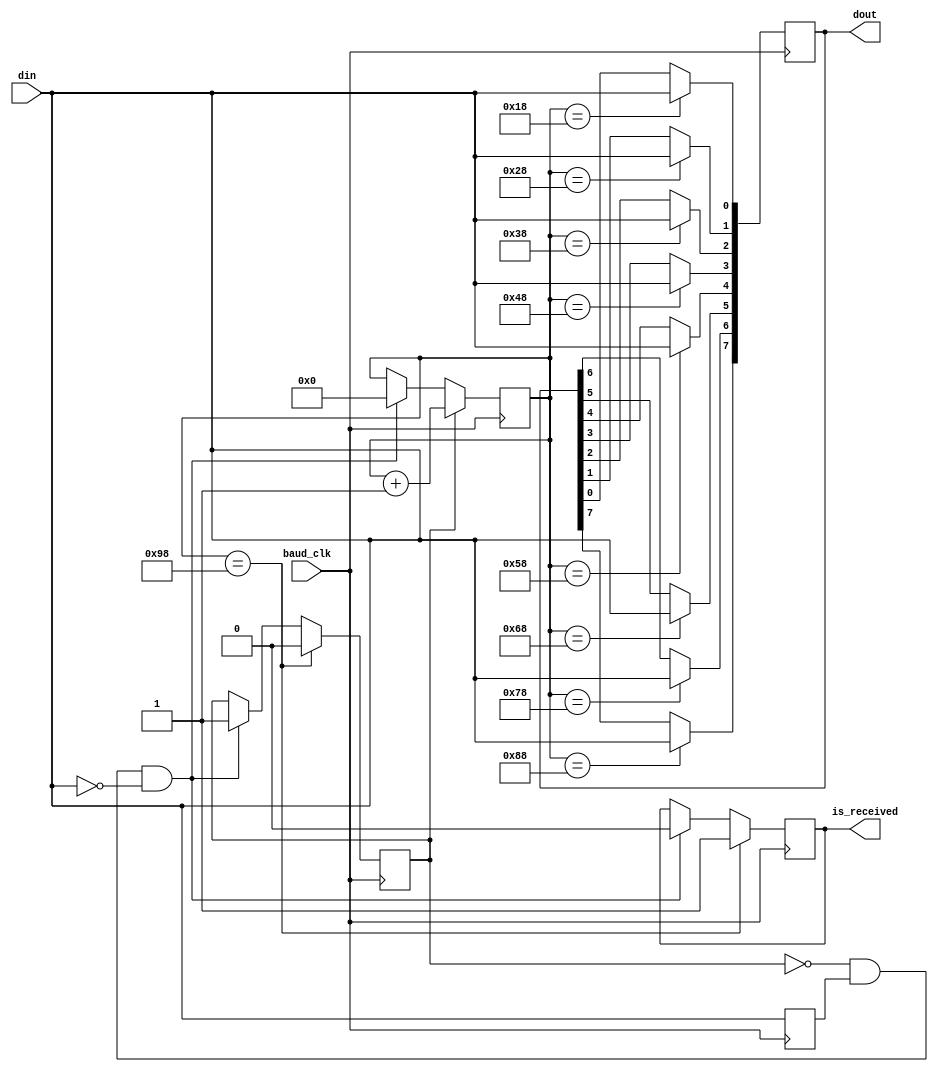
module uart_rx (
    output reg [7:0] dout,
    output reg is_received,
    input wire din,
    input wire baud_clk
);

    reg last;
    reg is_receiving;
    reg [7:0] count;

    initial begin
        is_receiving <= 0;
        count <= 0;
    end

    always @(posedge baud_clk) begin
        if (!is_receiving && last && !din) begin
            is_receiving <= 1;
            is_received <= 0;
            count <= 0;
        end

        last <= din;

        if (is_receiving) count <= count+1;
        case (count)
            8'd24: dout[0] <= din;
            8'd40: dout[1] <= din;
            8'd56: dout[2] <= din;
            8'd72: dout[3] <= din;
            8'd88: dout[4] <= din;
            8'd104: dout[5] <= din;
            8'd120: dout[6] <= din;
            8'd136: dout[7] <= din;
            8'd152: begin
                is_received <= 1'b1;
                is_receiving <= 1'b0;
            end
        endcase
    end

endmodule

module uart_tx (
    output reg dout,
    output reg is_sent,
    input wire [7:0] din,
    input wire en,
    input wire baud_clk
);

    reg last;
    reg is_sending;
    reg [7:0] data;
    reg [7:0] count;

    initial begin
        is_sending <= 1'b0;
        count <= 0;
        dout <= 1;
    end

    always @(posedge baud_clk) begin
        if (!is_sending && !last && en) begin
            data <= din;
            is_sending <= 1;
            is_sent <= 0;
            count <= 0;
        end

        last <= en;

        if (is_sending) begin
            count <= count + 1;
        end

        case (count)
            8'd8: dout <= 0;
            8'd24: dout <= din[0];
            8'd40: dout <= din[1];
            8'd56: dout <= din[2];
            8'd72: dout <= din[3];
            8'd88: dout <= din[4];
            8'd104: dout <= din[5];
            8'd120: dout <= din[6];
            8'd136: dout <= din[7];
            8'd152: begin
                is_sent <= 1'b1;
                is_sending <= 1'b0;
                dout <= 1'b1;
            end
        endcase
    end

endmodule

module baudrate_generator #(
    parameter BASE_CLOCK = 100_000_000,
    parameter BAUDRATE = 9_600
) (
    output reg baud,
    input wire base_clk
);

    localparam MAX_COUNT = (BASE_CLOCK / (BAUDRATE * 16)) / 2;

    reg [31:0] counter;
    wire [31:0] counter_inc;
    
    initial begin
        baud <= 0;
        counter <= 0;
    end

    always @(posedge base_clk) begin
        counter <= counter_inc;
        if (counter_inc == MAX_COUNT) begin
            counter <= 0;
            baud <= ~baud;
        end
    end
    
    assign counter_inc = counter + 1;
    
endmodule

// Prototype
module uart_core #(
    parameter BASE_CLOCK = 100_000_000,
    parameter BAUDRATE = 9_600
) (
    output wire [7:0] rx_data,
    output wire has_new_data,
    output wire tx_wire,
    input wire rx_wire,
    input wire [7:0] tx_data,
    input wire tx_enable,
    input wire clk
);

endmodule